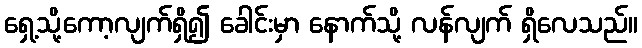
ရှေ့သို့ကော့လျက်ရှိ၍ ခေါင်းမှာ နောက်သို့ လန်လျက် ရှိလေသည်။